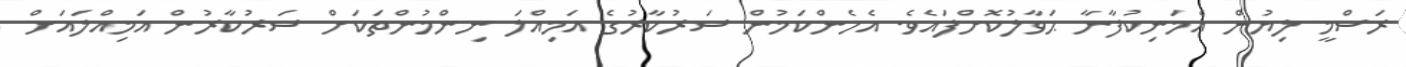
ރަސްމީ ލިޔުން އެމަނިކުފާނާ ޙަވާލުކޮށްފައެވެ. އެހެންކަމުން ސަރުކާރުގެ އަމިއްލަ ނިންމުންތަކަށް ސަރުކާރުން އަމިއްލައަށް